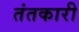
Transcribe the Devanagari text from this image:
तंतकारी